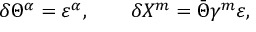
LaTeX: \delta \Theta ^ { \alpha } = \varepsilon ^ { \alpha } , \qquad \delta X ^ { m } = \bar { \Theta } \gamma ^ { m } \varepsilon ,